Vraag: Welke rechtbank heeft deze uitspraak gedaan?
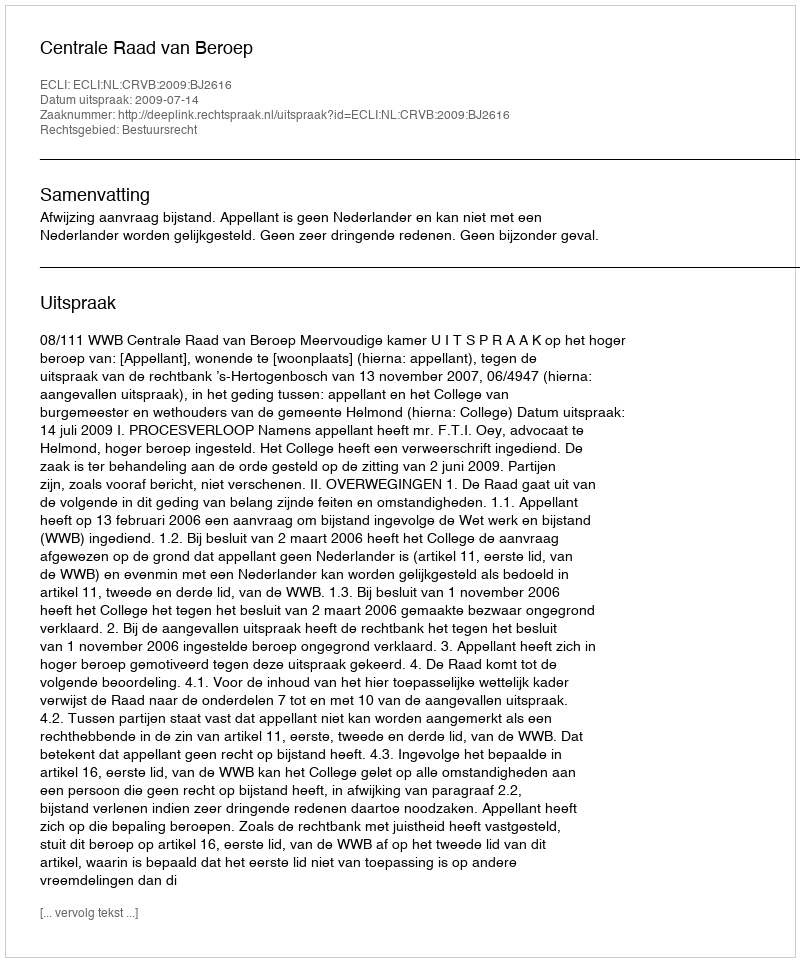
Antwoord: Centrale Raad van Beroep